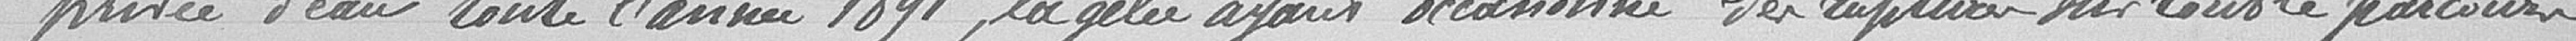
privée d'eau toute l'année 1891, la gelée ayant occasionné des ruptures sur tout le parcours